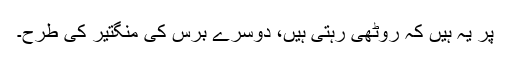
پر یہ ہیں کہ روٹھی رہتی ہیں، دوسرے برس کی منگتیر کی طرح۔